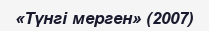
«Түнгі мерген» (2007)